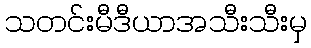
သတင်းမီဒီယာအသီးသီးမှ